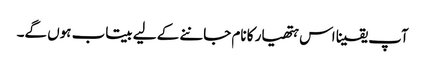
آپ یقینا اس ہتھیار کا نام جاننے کے لیے بیتاب ہوں گے۔